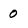
Character: O